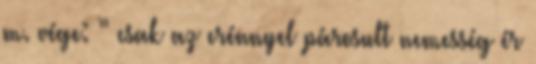
m. vége: ” csak az erénnyel párosult nemesség ér